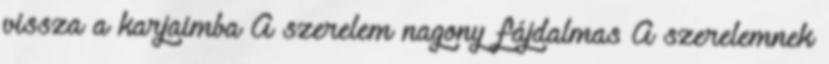
vissza a karjaimba A szerelem nagony fájdalmas A szerelemnek